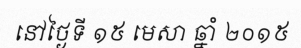
នៅថ្ងៃទី ១៥ មេសា ឆ្នាំ ២០១៥